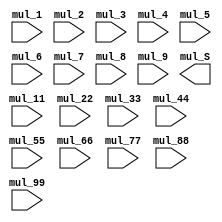
module    mul_medium
(
    input signed[8:0]   mul_1 ,
    input signed[8:0]   mul_2 ,
    input signed[8:0]   mul_3 ,
    input signed[8:0]   mul_4 ,
    input signed[8:0]   mul_5 ,
    input signed[8:0]   mul_6 ,
    input signed[8:0]   mul_7 ,
    input signed[8:0]   mul_8 ,
    input signed[8:0]   mul_9 ,
    input signed[8:0]   mul_11,
    input signed[8:0]   mul_22,
    input signed[8:0]   mul_33,
    input signed[8:0]   mul_44,
    input signed[8:0]   mul_55,
    input signed[8:0]   mul_66,
    input signed[8:0]   mul_77,
    input signed[8:0]   mul_88,
    input signed[8:0]   mul_99,    
    output signed [15:0] mul_S
);












endmodule